Report on sanitation, dispensaries, and jails in Rajputana for 1914, and on vaccination for the year 1914-1915 - 1914-1915
Year: 1914
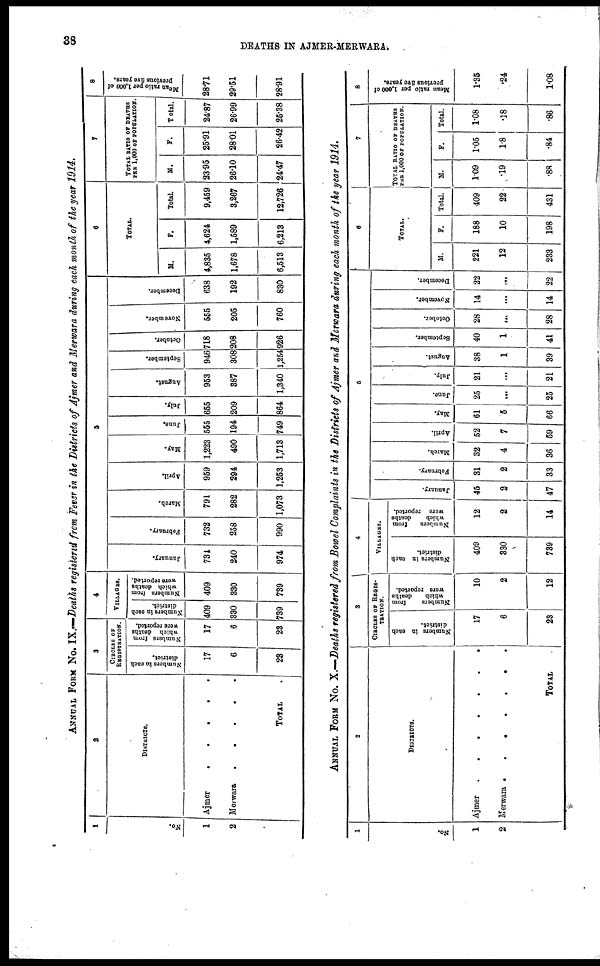
38
DEATHS IN AJMER-MERWARA.
ANNUAL FORM No. IX.—Deaths registered from Fever in the Districts of Ajmer and Merwara during each month of the year 1914.
1
No.
1
2
2
DISTRICTS.
Ajmer
.
.
.
.
Merwara
.
.
.
.
TOTAL .
3
CIRCLES OF
REGISTRATION.
Numbers in each
district.
17
6
23
Numbers from
which deaths
were reported.
17
6
23
4
VILLAGES.
Numbers in each
district.
409
330
739
Numbers from
which deaths
were reported.
409
330
739
5
January.
734
240
974
February.
732
258
990
March.
791
282
1,073
April.
959
294
1,253
May.
1,223
490
1,713
June.
555
194
749
July.
655
209
864
August.
953
387
1,340
September.
946
308
1,254
October.
718
208
926
November.
555
205
760
December.
638
192
830
6
TOTAL.
M.
4,835
1,678
6,513
F.
4,624
1,589
6,213
Total.
9,459
3,267
12,726
7
TOTAL RATIO OF DEATHS
PER 1,000 OF POPULATION.
M.
23.95
26.10
24.47
F.
25.91
28.01
26.42
Total.
24.87
26.99
25.38
8
Mean ratio per 1,000 of
previous five years.
28.71
29.51
28.91
ANNUAL FORM No. X.—Deaths registered from Bowel Complaints in the Districts of Ajmer and Merwara during each month of the year 1914.
1
No.
1
2
2
DISTRICTS.
Ajmer
.
.
.
.
.
Merwara
.
.
.
.
TOTAL .
3
CIRCLES OF REGIS-
-------.
Numbers in each
district.
17
6
23
Numbers
from
which
deaths
were reported.
10
2
12
4
VILLAGES.
Numbers in each
district.
409
330
739
Numbers
from
which
deaths
were reported.
12
2
14
5
January.
45
2
47
February.
31
2
33
March.
32
4
36
April.
52
7
59
May.
61
5
66
June.
25
...
25
July.
21
...
21
August.
38
1
39
September.
40
1
41
October.
28
...
28
November.
14
...
14
December.
22
...
22
6
TOTAL.
M.
221
12
233
F.
188
10
198
Total.
409
22
431
7
TOTAL RATIO OF DEATHS
PER 1,000 OF POPULATION.
M.
1.09
.19
.88
F.
1.05
1.8
.84
Total.
1.08
.18
.86
8
Mean ratio per 1,000 of
previous five years.
1.35
.24
1.08